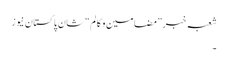
شعبہ خبر ”مضامین و کالم“ شان پاکستان نیوز
۔